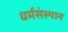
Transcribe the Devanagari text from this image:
धर्मसंस्थान